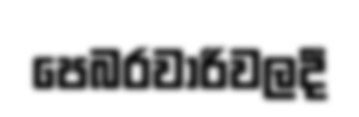
පෙබරවාරිවලදී